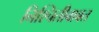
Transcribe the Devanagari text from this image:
निश्चितीबाबत